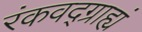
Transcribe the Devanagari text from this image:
रंकवद्ग्राह्यं